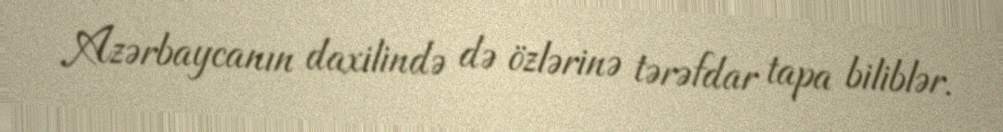
Azərbaycanın daxilində də özlərinə tərəfdar tapa biliblər.